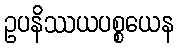
ဥပနိဿယပစ္စယေန